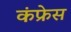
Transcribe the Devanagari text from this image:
कंफ्रेस